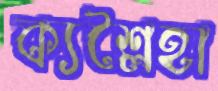
ক্যশ্লৈহা